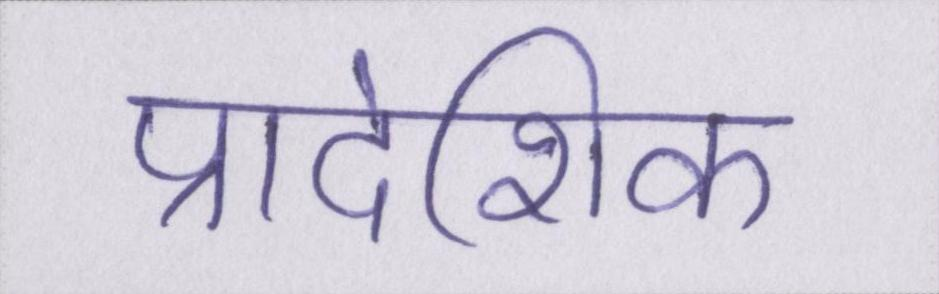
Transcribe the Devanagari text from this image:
प्रादेशिक